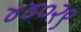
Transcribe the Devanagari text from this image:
४४०२९